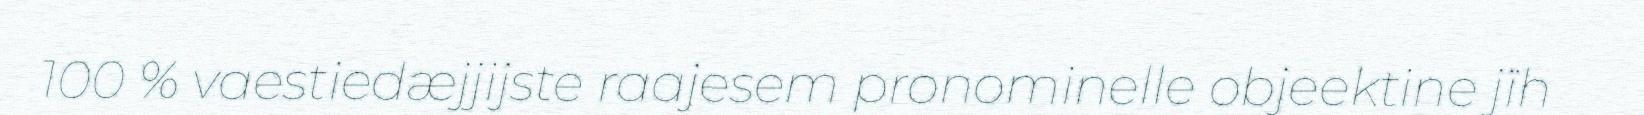
100 % vaestiedæjjijste raajesem pronominelle objeektine jïh